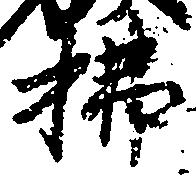
払